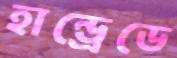
হান্ড্রেডে